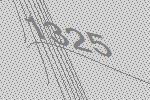
1325